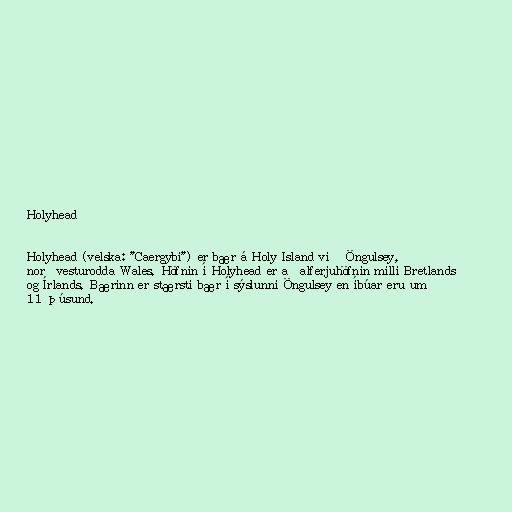
Holyhead

Holyhead (velska: "Caergybi") er bær á Holy Island við Öngulsey,
norðvesturodda Wales. Höfnin í Holyhead er aðalferjuhöfnin milli Bretlands
og Írlands. Bærinn er stærsti bær í sýslunni Öngulsey en íbúar eru um
11 þúsund.